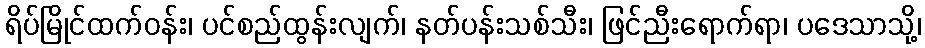
ရိပ်မြိုင်ထက်ဝန်း၊ ပင်စည်ထွန်းလျက်၊ နတ်ပန်းသစ်သီး၊ ဖြင်ညီးရောက်ရာ၊ ပဒေသာသို့၊